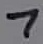
Text: 7